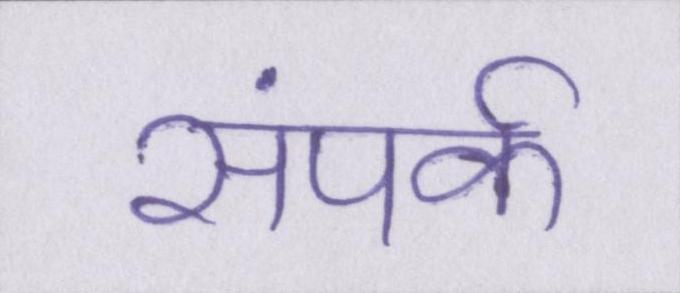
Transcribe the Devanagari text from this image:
संपर्क